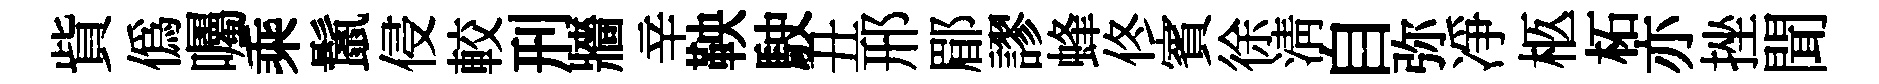
貲僞囑乘鬛侵較刑牆辛鞅駛丑邢郿謬蜂佟賓徐淸自弥凈柩柘亦挫聞